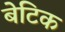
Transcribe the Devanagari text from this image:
बेटिक